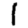
Digit: 1